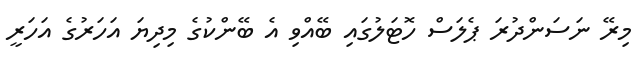
މިރޭ ނަސަންދުރަ ޕެލަސް ހޮޓަލުގައި ބޭއްވި އެ ބޭންކުގެ މިދިޔަ އަހަރުގެ އަހަރީ